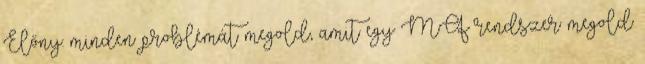
Előny: minden problémát megold, amit egy MQ rendszer megold